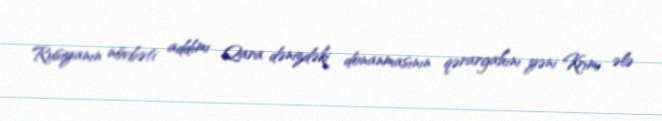
Rusiyanın növbəti addımı Qara dənizdəki donanmasının qərargahını yəni Krımı ələ